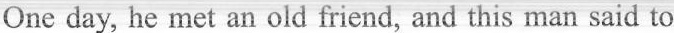
One day, he met an old friend, and this man said to